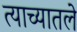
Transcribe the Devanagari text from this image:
त्याच्यातले